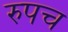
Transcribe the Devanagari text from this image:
रुपच